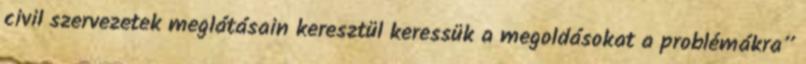
civil szervezetek meglátásain keresztül keressük a megoldásokat a problémákra”